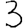
Digit: 3